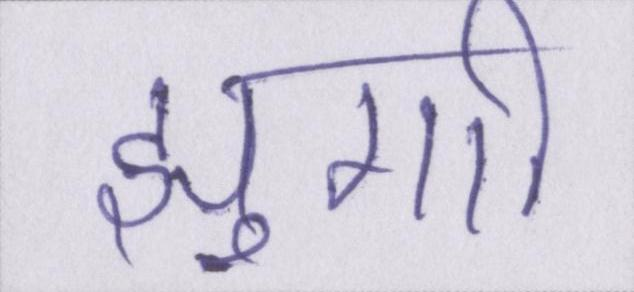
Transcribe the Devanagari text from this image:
झुग्गी